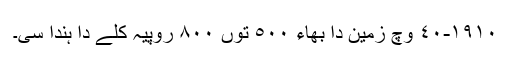
١٩١٠-٤٠ وچ زمین دا بھاء ٥٠٠ توں ٨٠٠ روپیہ کلے دا ہُندا سی۔